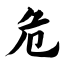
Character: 危